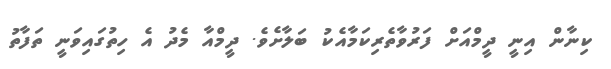
ކިނާން އިނީ ދީމްއަށް ފަރުވާތެރިކަމާއެކު ބަލާށެވެ. ދީމްއާ މެދު އެ ހިތުގައިވަނީ ތަފާތު